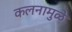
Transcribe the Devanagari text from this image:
कलनामुळे